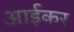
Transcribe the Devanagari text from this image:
आईकर